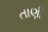
તાણી